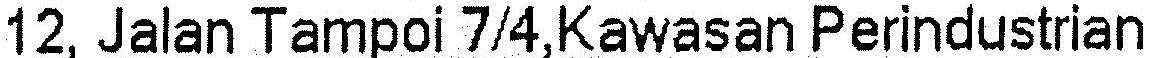
12, JALAN TAMPOI 7/4,KAWASAN PERINDUSTRIAN